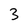
Character: 3